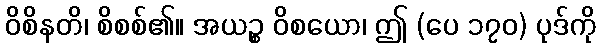
ဝိစိနတိ၊ စိစစ်၏။ အယဉ္စ ဝိစယော၊ ဤ (ပေ ၁၇၀) ပုဒ်ကို